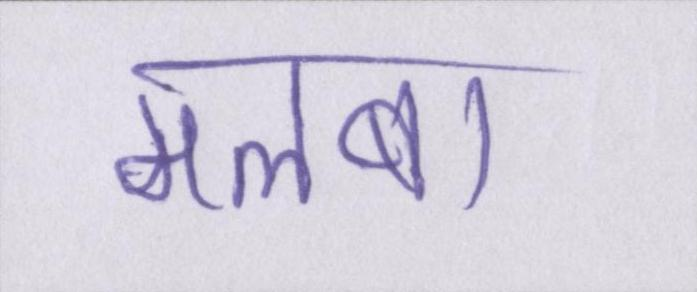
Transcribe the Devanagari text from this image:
मलबा